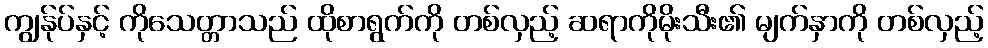
ကျွန်ုပ်နှင့် ကိုသေတ္တာသည် ထိုစာရွက်ကို တစ်လှည့် ဆရာကိုမိုးသီး၏ မျက်နှာကို တစ်လှည့်